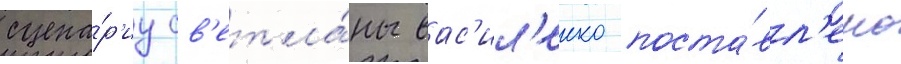
сцена́р'иу св'етла́ны вас'ил'енко поста́вл'ено